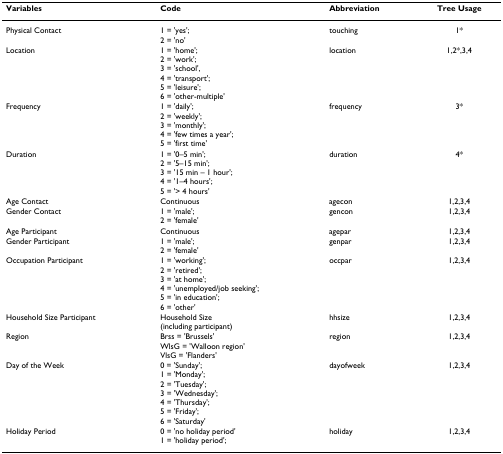
<table><thead><tr><td><b>Variables</b></td><td><b>Code</b></td><td><b>Abbreviation</b></td><td><b>Tree Usage</b></td></tr></thead><tbody><tr><td>Physical Contact</td><td>1 = &#x27;yes&#x27;;2 = &#x27;no&#x27;</td><td>touching</td><td>1*</td></tr><tr><td>Location</td><td>1 = &#x27;home&#x27;;2 = &#x27;work&#x27;;3 = &#x27;school&#x27;,4 = &#x27;transport&#x27;;5 = &#x27;leisure&#x27;;6 = &#x27;other-multiple&#x27;</td><td>location</td><td>1,2*,3,4</td></tr><tr><td>Frequency</td><td>1 = &#x27;daily&#x27;;2 = &#x27;weekly&#x27;;3 = &#x27;monthly&#x27;;4 = &#x27;few times a year&#x27;;5 = &#x27;first time&#x27;</td><td>frequency</td><td>3*</td></tr><tr><td>Duration</td><td>1 = &#x27;0–5 min&#x27;;2 = &#x27;5–15 min&#x27;;3 = &#x27;15 min – 1 hour&#x27;;4 = &#x27;1–4 hours&#x27;;5 = &#x27;&gt; 4 hours&#x27;</td><td>duration</td><td>4*</td></tr><tr><td>Age Contact</td><td>Continuous</td><td>agecon</td><td>1,2,3,4</td></tr><tr><td>Gender Contact</td><td>1 = &#x27;male&#x27;;2 = &#x27;female&#x27;</td><td>gencon</td><td>1,2,3,4</td></tr><tr><td>Age Participant</td><td>Continuous</td><td>agepar</td><td>1,2,3,4</td></tr><tr><td>Gender Participant</td><td>1 = &#x27;male&#x27;;2 = &#x27;female&#x27;</td><td>genpar</td><td>1,2,3,4</td></tr><tr><td>Occupation Participant</td><td>1 = &#x27;working&#x27;;2 = &#x27;retired&#x27;;3 = &#x27;at home&#x27;;4 = &#x27;unemployed/job seeking&#x27;;5 = &#x27;in education&#x27;;6 = &#x27;other&#x27;</td><td>occpar</td><td>1,2,3,4</td></tr><tr><td>Household Size Participant</td><td>Household Size(including participant)</td><td>hhsize</td><td>1,2,3,4</td></tr><tr><td>Region</td><td>Brss = &#x27;Brussels&#x27;WlsG = &#x27;Walloon region&#x27;VlsG = &#x27;Flanders&#x27;</td><td>region</td><td>1,2,3,4</td></tr><tr><td>Day of the Week</td><td>0 = &#x27;Sunday&#x27;;1 = &#x27;Monday&#x27;;2 = &#x27;Tuesday&#x27;;3 = &#x27;Wednesday&#x27;;4 = &#x27;Thursday&#x27;;5 = &#x27;Friday&#x27;;6 = &#x27;Saturday&#x27;</td><td>dayofweek</td><td>1,2,3,4</td></tr><tr><td>Holiday Period</td><td>0 = &#x27;no holiday period&#x27;1 = &#x27;holiday period&#x27;;</td><td>holiday</td><td>1,2,3,4</td></tr></tbody></table>